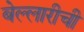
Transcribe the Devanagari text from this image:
बेल्लारीची